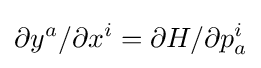
\partial y^{a}/\partial x^{i}=\partial H/\partial p_{a}^{i}